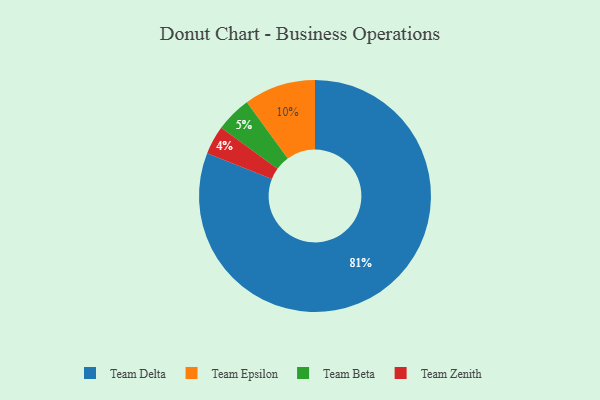
{"axis": {"x": "Category", "y": "Percentage"}, "legend": ["Team Beta", "Team Delta", "Team Epsilon", "Team Zenith"], "data": [{"x": "Team Zenith", "y": 4, "type": "Team Zenith"}, {"x": "Team Beta", "y": 5, "type": "Team Beta"}, {"x": "Team Epsilon", "y": 10, "type": "Team Epsilon"}, {"x": "Team Delta", "y": 81, "type": "Team Delta"}]}